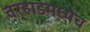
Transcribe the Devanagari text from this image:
वर्‍हाडमध्येच